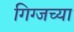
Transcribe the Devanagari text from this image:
गिग्जच्या